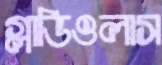
গ্লাডিওলাস